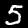
Digit: 5